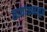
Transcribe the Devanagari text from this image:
छायांकनातून